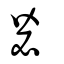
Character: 毖